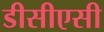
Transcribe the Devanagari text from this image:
डीसीएसी